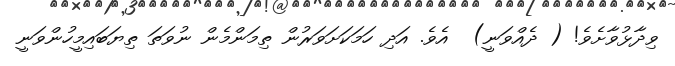
ވިދާޅުވާށެވެ! ( ދެއްވަނީ)  އެވެ. އަދި ހަމަކަށަވަރުން ތިމަންމެން ނުވަތަ ތިޔަބައިމީހުންވަނީ